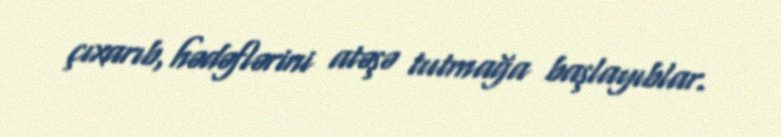
çıxarıb, hədəflərini atəşə tutmağa başlayıblar.